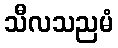
သီလသညမံ